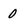
Character: 0